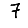
Digit: 7